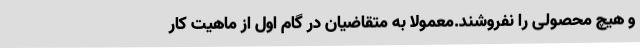
و هیچ محصولی را نفروشند.معمولا به متقاضیان در گام اول از ماهیت کار